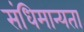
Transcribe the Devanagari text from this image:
संधिमान्यता